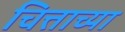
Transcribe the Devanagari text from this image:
चित्ताच्या